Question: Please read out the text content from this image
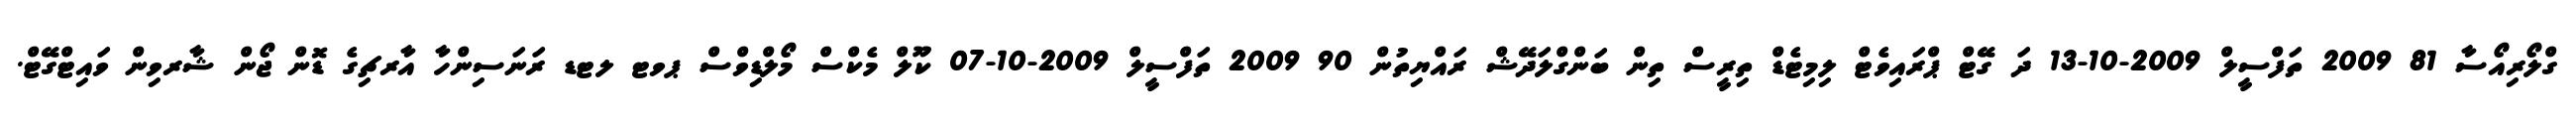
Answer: ގްލޯރިއޯސާ 81 2009 ތަފްސީލް 2009-10-13 ދަ ގޭޓް ޕްރައިވެޓް ލިމިޓެޑް ތިރީސް ތިން ބަންގްލަދޭޝް ރައްޔިތުން 90 2009 ތަފްސީލް 2009-10-07 ކޫލް މެކްސް މޯލްޑިވްސް ޕވޓ ލޓޑ ރަނަސިންހާ އާރޗިގެ ޑޮން ޖޯން ޝާރވިން ވައިޓްގޭޓް.